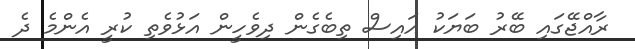
ރާއްޖޭގައި ބޭރު ބަޔަކު އައިސް ތިބެގެން ދިވެހީން އަޅުވެތި ކުރީ އެންމެ ދެ